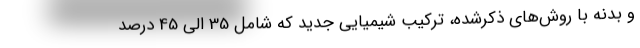
و بدنه با روش‌های ذکرشده، ترکیب شیمیایی جدید که شامل 35 الی 45 درصد